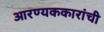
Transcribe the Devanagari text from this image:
आरण्यककारांची